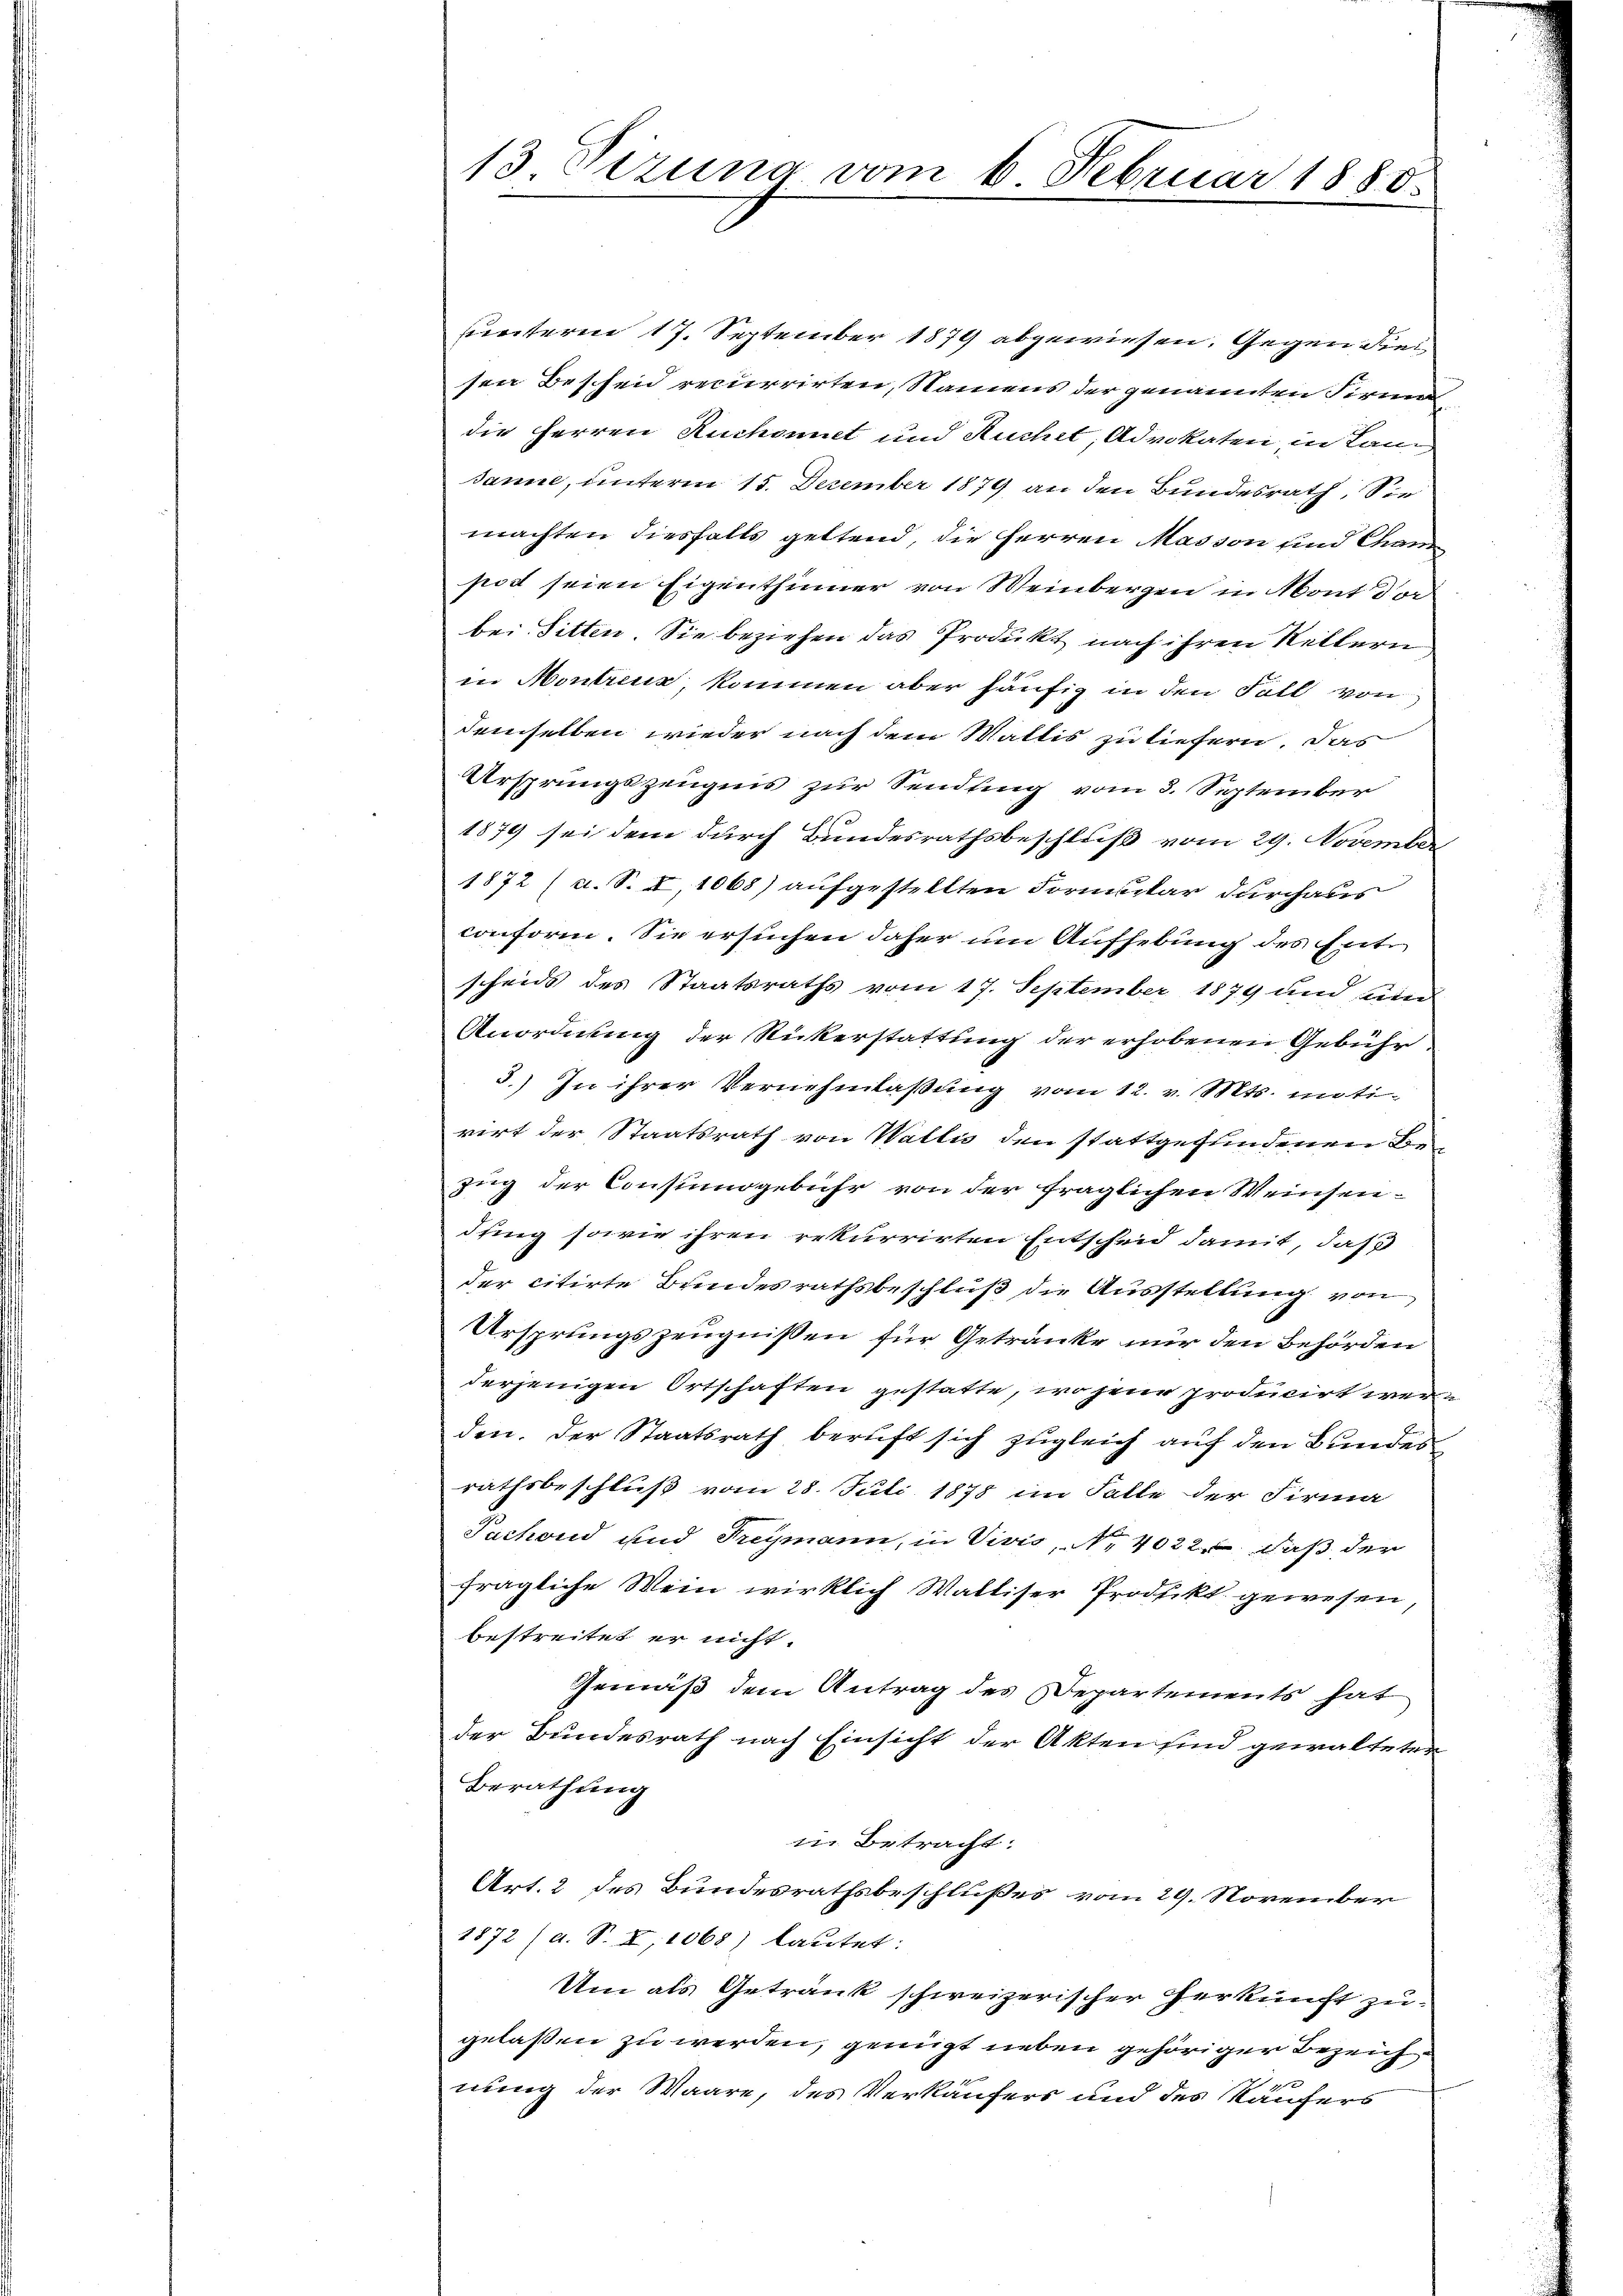
13 Tizuna vom 6. Februar 1880.

sunterm 17. September 1879 abgewiesen. Gegen die
sen Bescheid recurrirten, Namens der genannten Firmadie Herren Ruchont und Ruchet, Advokaten, in Land
sanne, unterm 15. Dezember 1879 an den Bundesrath. Sie
machten diesfalls geltend, die Herren Masson und Chanen
post seien Eigenthümer von Meinbergen in Mont dorbei Sitten. Sie beziehen das Produkt nach ihren Keltern
in Montreux, kommen aber häufig in den Fall von
demselben wieder nach dem Mattis zu tiefern. Das
Ursprungszeugnis zur Sendung vom 3. September
1879 sei dem durch Bundesrathsbeschluß vom 29. November
1872 (u. S. I 1068) aufgestellten Formular durchaus
conform. Sie ersuchen daher um Aufhebung des Entscheids des Staatsraths vom 17. September 1879 und ain
Anordnung der Rückerstattung der erhobenen Gebühr
3.) In ihrer Vernehmlaßung vom 12. v. Mts. intirirt der Staatsrath von Wallis den stattgefundenen Bezung der Consumsgebühr von der fraglichen Weinsendung sowie ihren rekurrirten Entscheid damit, daß
der citirte Bundesrathsbeschluß die Ausstellung von
Ursprungszeugnißen für Getränke nur den Behörden
derjenigen Ortschaften gestatte, wo jene producirt werden. Der Staatsrath beruft sich zugleich auf den Bundes
rathsbeschluß vom 28. Juli 1878 im Falle der Firma
Puchoud und Freymann, in Vivis, No 4022. daß der
fragliche Wein wirklich Walliser Produkt gewesen
bestreitet er nicht.
Gemäß dem Antrag des Departements hat
der Bundesrath nach Einsicht der Akten sind gewalteten
Berathung
in Betracht:
Art. 2 des Bundesrathsbeschlußes vom 29. November
1872 (a. S. X, 1068) lautet:
Um als Getränk schweizerischer Herkunft zugelaßen zu werden, genügt neben gehöriger Bezeichis
nung der Waare, des Verkäufers und des Käufers